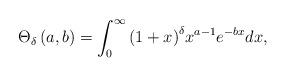
LaTeX: \begin{align*}{\Theta _\delta }\left( {a,b} \right) = \int_0^\infty {{{\left( {1 + x} \right)}^\delta }{x^{a - 1}}{e^{ - bx}}dx},\end{align*}